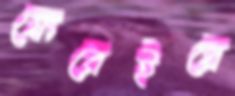
ফেরেইরে